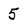
Character: 5